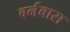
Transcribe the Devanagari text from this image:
बर्नबास